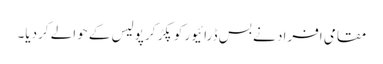
مقامی افراد نے بس ڈرائیور کو پکڑ کر پولیس کے حوالے کردیا۔